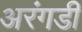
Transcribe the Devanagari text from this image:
अरंगडी